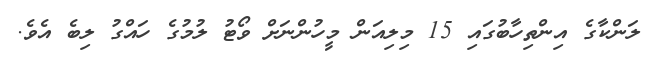
ލަންކާގެ އިންތިހާބުގައި 15 މިލިއަަން މީހުންނަށް ވޯޓު ލުމުގެ ހައްގު ލިބެ އެވެ.